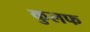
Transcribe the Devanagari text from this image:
कुलफ